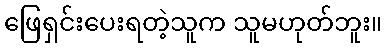
ဖြေရှင်းပေးရတဲ့သူက သူမဟုတ်ဘူး။